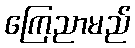
ကြေညာမည်